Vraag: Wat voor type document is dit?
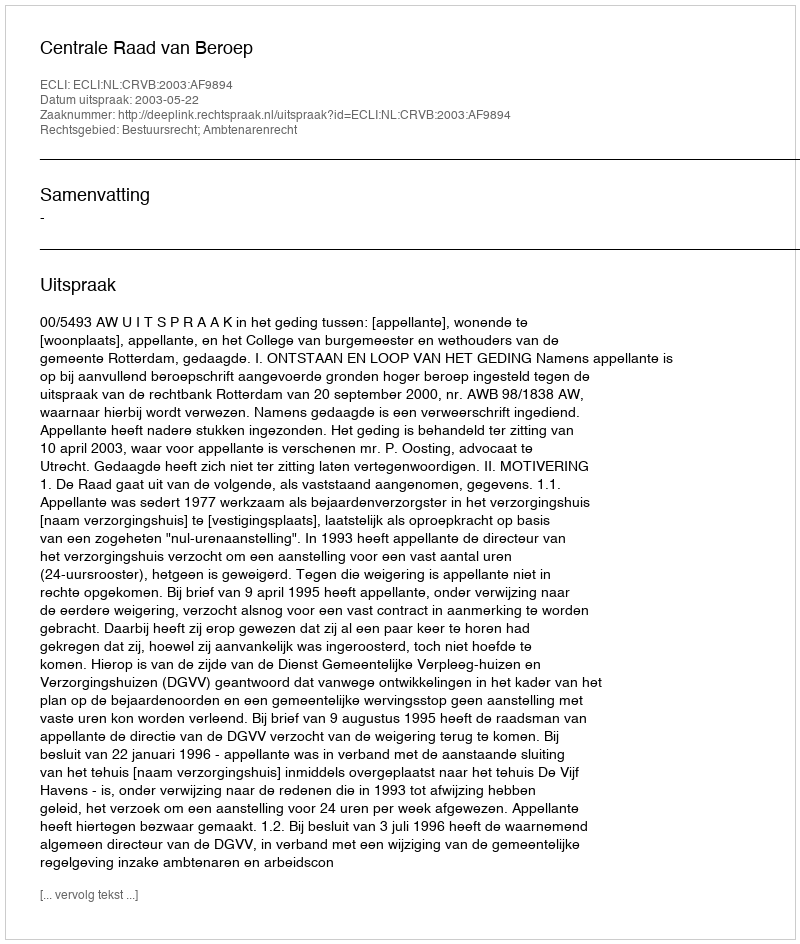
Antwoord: Uitspraak